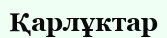
Қарлұктар